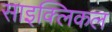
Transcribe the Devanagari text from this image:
साइक्लिकल